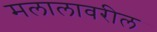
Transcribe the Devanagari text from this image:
मलालावरील